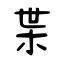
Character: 枼